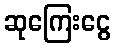
ဆုကြေးငွေ